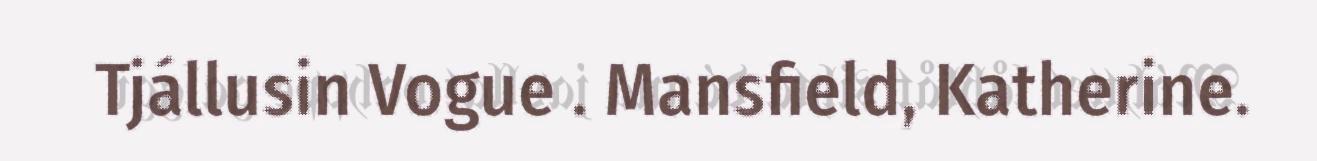
Tjállusin Vogue . Mansfield, Katherine.